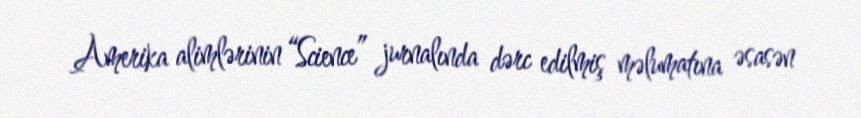
Amerika alimlərinin “Science” jurnalında dərc edilmiş məlumatına əsasən